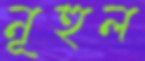
নূহুল